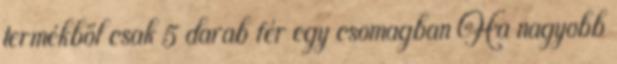
termékből csak 5 darab fér egy csomagban Ha nagyobb